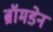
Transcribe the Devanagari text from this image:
ब्रॉमडेन